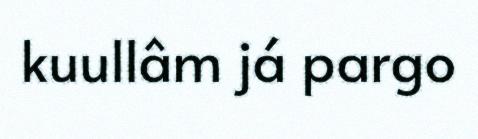
kuullâm já pargo